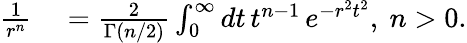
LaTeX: \begin{array}{rl}{\frac{1}{r^{n}}}&{{}=\frac{2}{\Gamma(n/2)}\int_{0}^{\infty}dt\, t^{n-1}\, e^{-r^{2}t^{2}},~n>0.}\end{array}